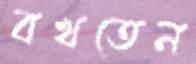
বখতেন